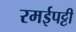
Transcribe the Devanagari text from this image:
रमईपट्टी